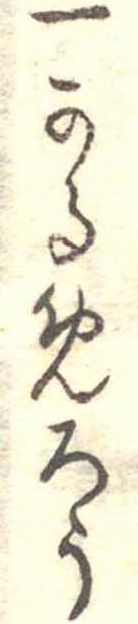
一かるめろう